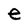
Character: e